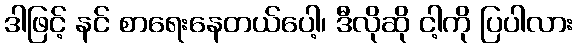
ဒါဖြင့် နင် စာရေးနေတယ်ပေါ့၊ ဒီလိုဆို ငါ့ကို ပြပါလား